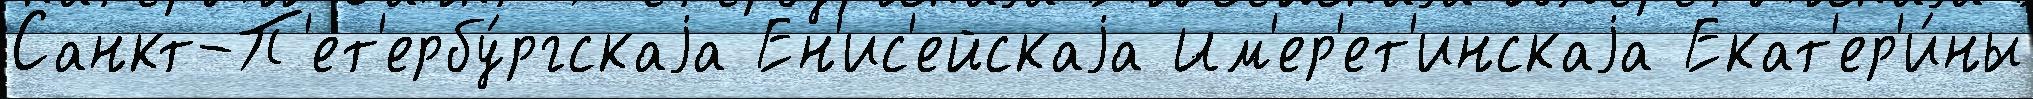
Санкт-П'ет'ербу́ргскаjа Ен'ис'ейскаjа Им'ер'ет'инскаjа Екат'ер'и́ны